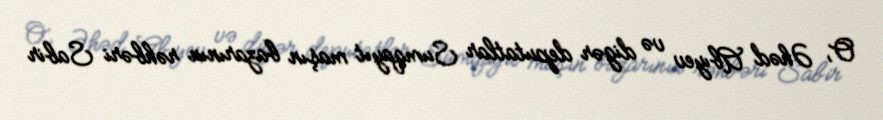
O, Əhəd Abıyev və digər deputatlar Sumqayıt maşın bazarının rəhbəri Sabir